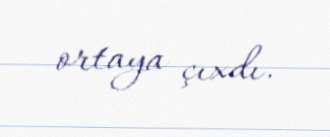
ortaya çıxdı.